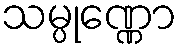
သမ္ပုဏ္ဏော